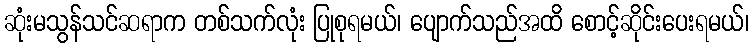
ဆုံးမသွန်သင်ဆရာက တစ်သက်လုံး ပြုစုရမယ်၊ ပျောက်သည်အထိ စောင့်ဆိုင်းပေးရမယ်၊